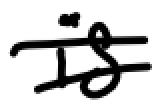
Text: is
Cross-out: double-line
Writing tool: digital_black